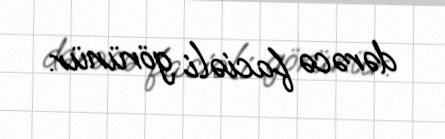
dərəcə faciəli görünür.